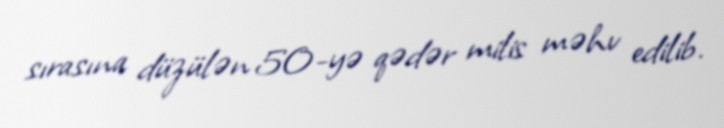
sırasına düzülən 50-yə qədər milis məhv edilib.